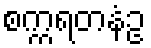
စက္ကရတနံဥ